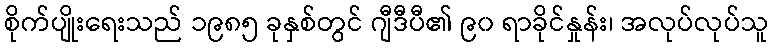
စိုက်ပျိုးရေးသည် ၁၉၈၅ ခုနှစ်တွင် ဂျီဒီပီ၏ ၉၀ ရာခိုင်နှုန်း၊ အလုပ်လုပ်သူ